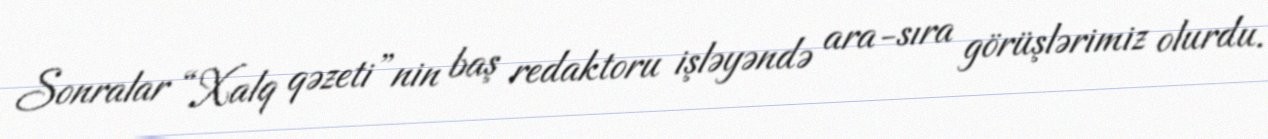
Sonralar “Xalq qəzeti”nin baş redaktoru işləyəndə ara-sıra görüşlərimiz olurdu.